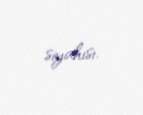
siyahısı.